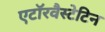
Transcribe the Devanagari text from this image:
एटॉरवैस्टेटिन